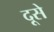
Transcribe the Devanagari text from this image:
दूसे